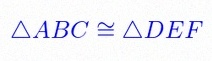
\triangle ABC\cong\triangle DEF